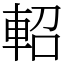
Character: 軺